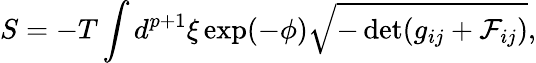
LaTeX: S=-T\int d^{p+1}\xi\exp(-\phi)\sqrt{-\operatorname*{det}(g_{ij}+{\cal F}_{ij})},